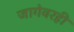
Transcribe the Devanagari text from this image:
जागेवरही